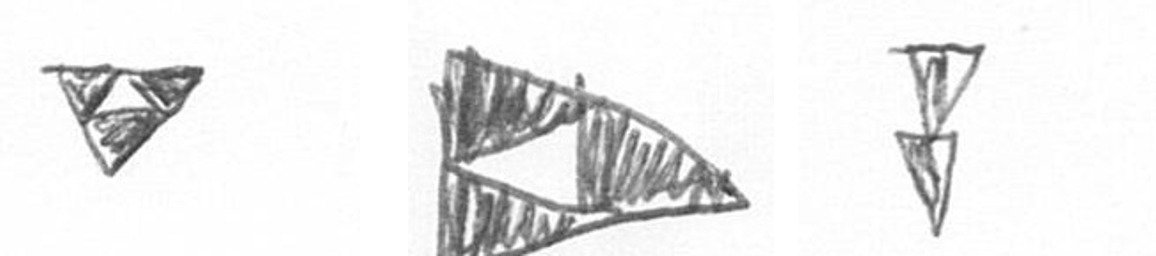
S K Z